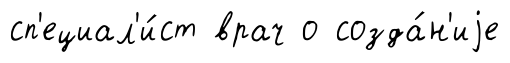
сп'ециал'и́ст врач о созда́н'иjе